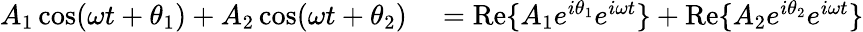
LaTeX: \begin{array}{rl}{A_{1}\cos(\omega t+\theta_{1})+A_{2}\cos(\omega t+\theta_{2})}&{{}=\operatorname{Re}\{ A_{1}e^{i\theta_{1}}e^{i\omega t}\} +\operatorname{Re}\{ A_{2}e^{i\theta_{2}}e^{i\omega t}\} }\end{array}